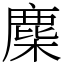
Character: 䴢